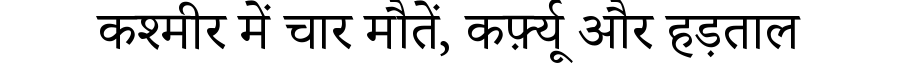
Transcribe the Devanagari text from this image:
कश्मीर में चार मौतें, कर्फ़्यू और हड़ताल